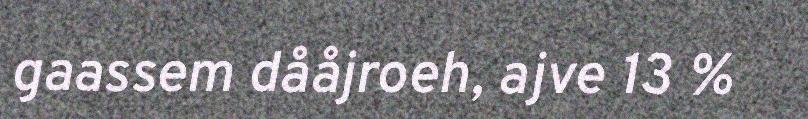
gaassem dååjroeh, ajve 13 %